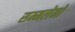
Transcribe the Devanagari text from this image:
सम्मलेनों